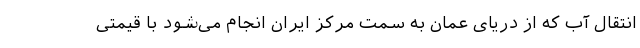
انتقال آب که از دریای عمان به سمت مرکز ایران انجام می‌شود با قیمتی